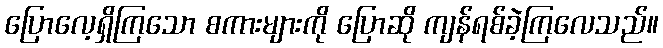
ပြောလေ့ရှိကြသော စကားများကို ပြောဆို ကျန်ရစ်ခဲ့ကြလေသည်။